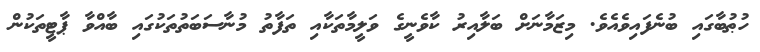
ހުޠުބާގައި ބުނެފައިވެއެވެ. މިޒަމާނަށް ބަލާއިރު ކާވެނީގެ ވަލީމާތަކާއި ތަފާތު މުނާސަބަތުތަކުގައި ބާއްވާ ޕާޓީތަކުން